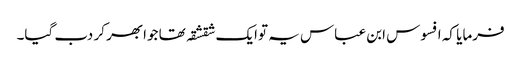
فرمایا کہ افسوس ابن عباس یہ توایک شقشقہ تھا جوابھر کر دب گیا۔